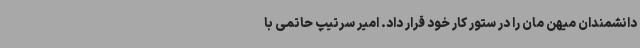
دانشمندان میهن مان را در ستور کار خود قرار داد. امیر سرتیپ حاتمی با